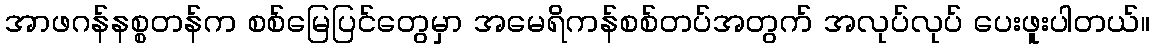
အာဖဂန်နစ္စတန်က စစ်မြေပြင်တွေမှာ အမေရိကန်စစ်တပ်အတွက် အလုပ်လုပ် ပေးဖူးပါတယ်။